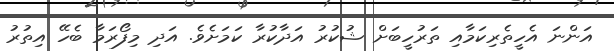
އަންނަ އެހީތެރިކަމާއި ތަރުހީބަށް ޝުކުރު އަދާކުރާ ކަމަށެވެ. އަދި މިފޯރަމާ ބެހޭ އިތުރު